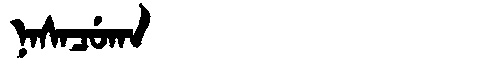
Manchu: ᠨᠠᠰᠠᠴᡠᡴᠠ
Romanization: NASACUKA